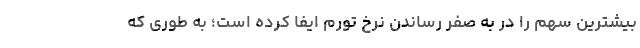
بیشترین سهم را در به صفر رساندن نرخ تورم ایفا کرده است؛ به طوری که